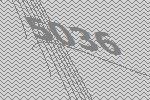
5036